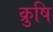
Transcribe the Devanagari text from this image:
क्रुषि